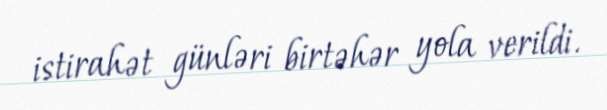
istirahət günləri birtəhər yola verildi.